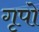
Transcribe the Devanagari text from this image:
गृपो